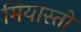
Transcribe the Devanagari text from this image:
मियास्तो